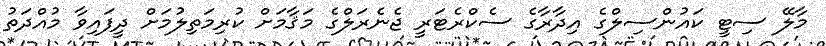
މާލޭ ސިޓީ ކައުންސިލްގެ އިދާރާގެ ސެކްރެޓަރީ ޖެނެރަލްގެ މަޤާމަށް ކުރިމަތިލުމަށް ދީފައިވާ މުއްދަތު